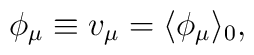
\phi_\mu\equiv v_\mu=\langle\phi_\mu\rangle_0,